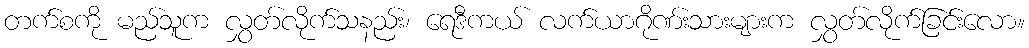
တက်စကို မည်သူက လွှတ်လိုက်သနည်း၊ ရေဒီကယ် လက်ယာဂိုဏ်းသားများက လွှတ်လိုက်ခြင်းလော။